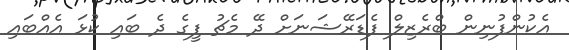
އެކުންފުނިން ބްރެޒިލް ފެޑަރޭޝަނަށް ދޭ މެޗު ފީގެ ދެ ބައި ކުޅަ އެއްބައި